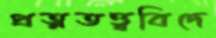
প্রত্নতত্ত্ববিদে